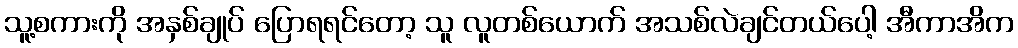
သူ့စကားကို အနှစ်ချုပ် ပြောရရင်တော့ သူ လူတစ်ယောက် အသစ်လဲချင်တယ်ပေါ့ အီကာအိက